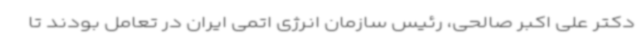
دکتر علی اکبر صالحی، رئیس سازمان انرژی اتمی ایران در تعامل بودند تا